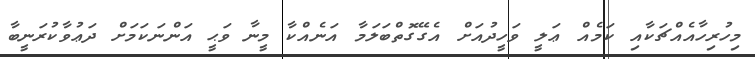
މިހުރިހާއެއްޗަކާއި ކަމެއް ޢަަލީ ވަހީދުއަށް އެގޭގޮތްބަލަމާ އަނެއްކާ މީނާ ވަޙީ އަންނަކަމަށް ދަޢުވާކުރަނީބާ